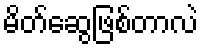
မိတ်ဆွေဖြစ်တာလဲ